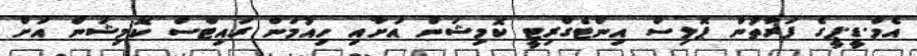
އެމް.ޑީ.ޕީގެ ފަރާތުން ޕޮލިސް އިންޓެގްރިޓީ ކޮމިޝަން އަށާއި ހިއުމަން ރައިޓްސް ކޮމިޝަން އަށް